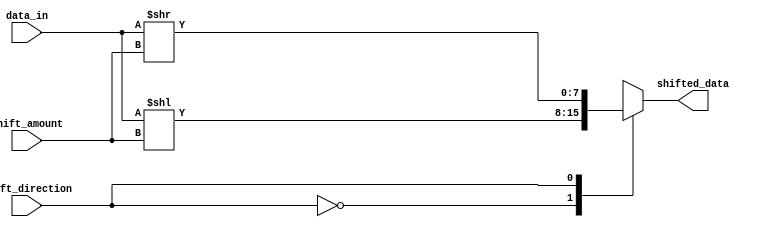
module barrel_shifter (
    input [7:0] data_in,
    input [2:0] shift_amount,
    input shift_direction,
    output reg [7:0] shifted_data
);

reg [7:0] intermediate_data;

always @ (*) begin
    case (shift_direction)
        0: begin // Shift left
            intermediate_data = data_in << shift_amount;
        end
        1: begin // Shift right
            intermediate_data = data_in >> shift_amount;
        end
        default: begin
            intermediate_data = data_in;
        end
    endcase
end

always @ (*) begin
    shifted_data = intermediate_data;
end

endmodule